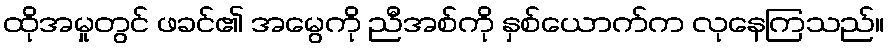
ထိုအမှုတွင် ဖခင်၏ အမွေကို ညီအစ်ကို နှစ်ယောက်က လုနေကြသည်။